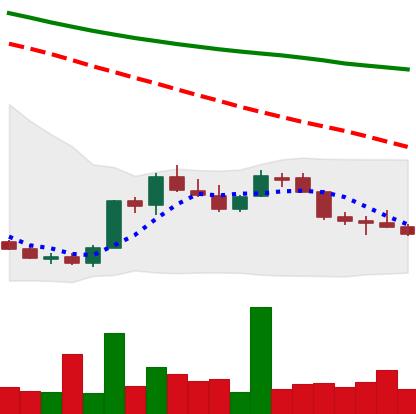
Ticker: LINK-USD
Chart end date: 2018-07-14
Forward return: 17.968%
Label: up_7plus